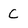
Character: C